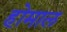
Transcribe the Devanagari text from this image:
होमाल